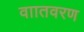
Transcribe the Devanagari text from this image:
वाातवरण